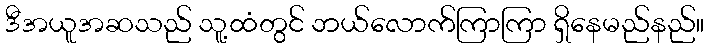
ဒီအယူအဆသည် သူ့ထံတွင် ဘယ်လောက်ကြာကြာ ရှိနေမည်နည်။